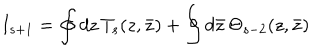
I _ { s + 1 } = \oint d z \, T _ { s } ( z , \bar { z } ) + \oint d \bar { z } \, \Theta _ { s - 2 } ( z , \bar { z } )